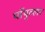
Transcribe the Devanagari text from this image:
पॉपुल्लर